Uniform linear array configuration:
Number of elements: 12
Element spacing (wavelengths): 0.75
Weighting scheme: kaiser
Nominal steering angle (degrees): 15
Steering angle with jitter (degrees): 16.915
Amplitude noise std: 0.05
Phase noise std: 0.05

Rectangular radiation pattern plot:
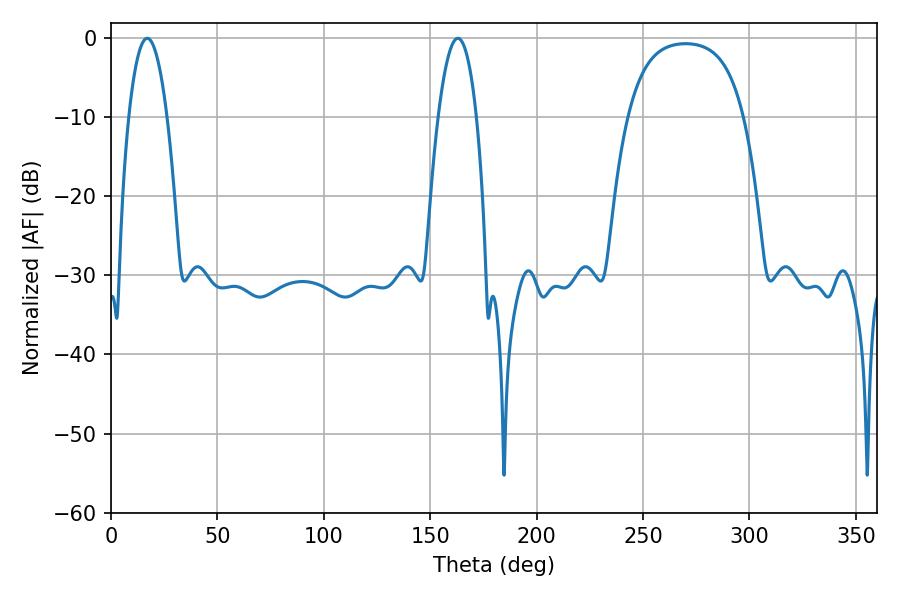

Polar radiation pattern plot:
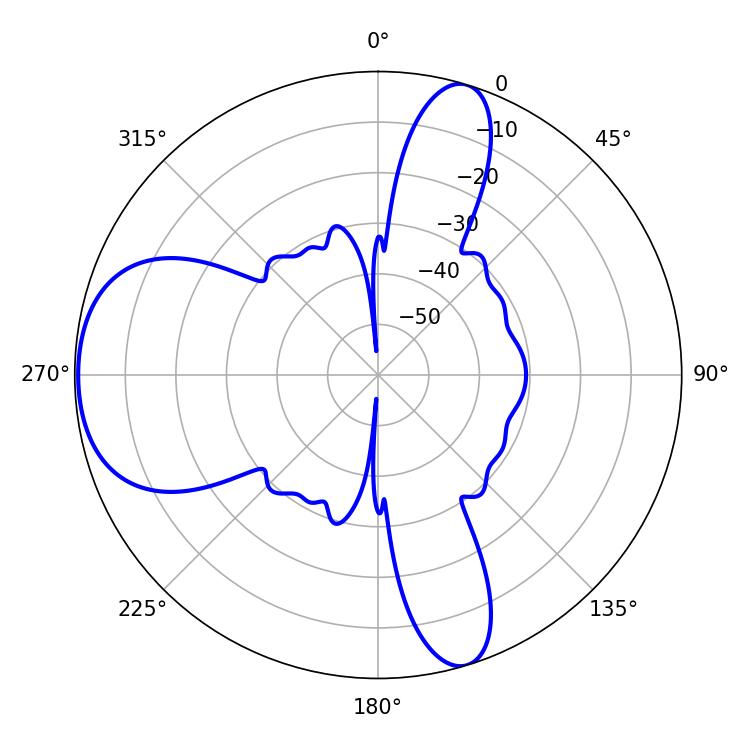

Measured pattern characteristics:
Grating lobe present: TRUE
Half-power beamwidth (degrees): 10.08
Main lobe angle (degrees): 162.9